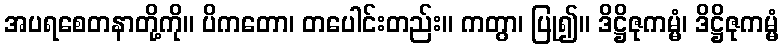
အပရစေတနာတို့ကို။ ပိကတော၊ တပေါင်းတည်း။ ကတွာ၊ ပြု၍။ ဒိဋ္ဌိဇုကမ္မံ၊ ဒိဋ္ဌိဇုကမ္မံ